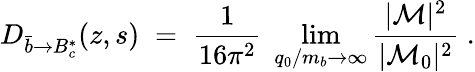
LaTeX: D_{\bar{b}\to B_{c}^{*}}(z,s)\; =\; {\frac{1}{16\pi^{2}}}\; \operatorname*{lim}_{q_{0}/m_{b}\rightarrow\infty}{\frac{|{\cal M}|^{2}}{|{\cal M}_{0}|^{2}}}\; .